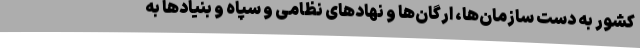
کشور به دست سازمان‌ها، ارگان‌ها و نهادهای نظامی و سپاه و بنیادها به